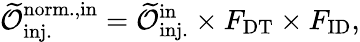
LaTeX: \mathcal{\widetilde{O}}_{\mathrm{inj.}}^{\mathrm{norm.,in}}=\mathcal{\widetilde{O}}_{\mathrm{inj.}}^{\mathrm{in}}\times F_{\mathrm{DT}}\times F_{\mathrm{ID}},